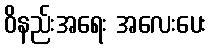
ဝိနည်းအရေး အလေးပေး